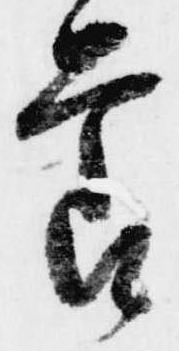
節